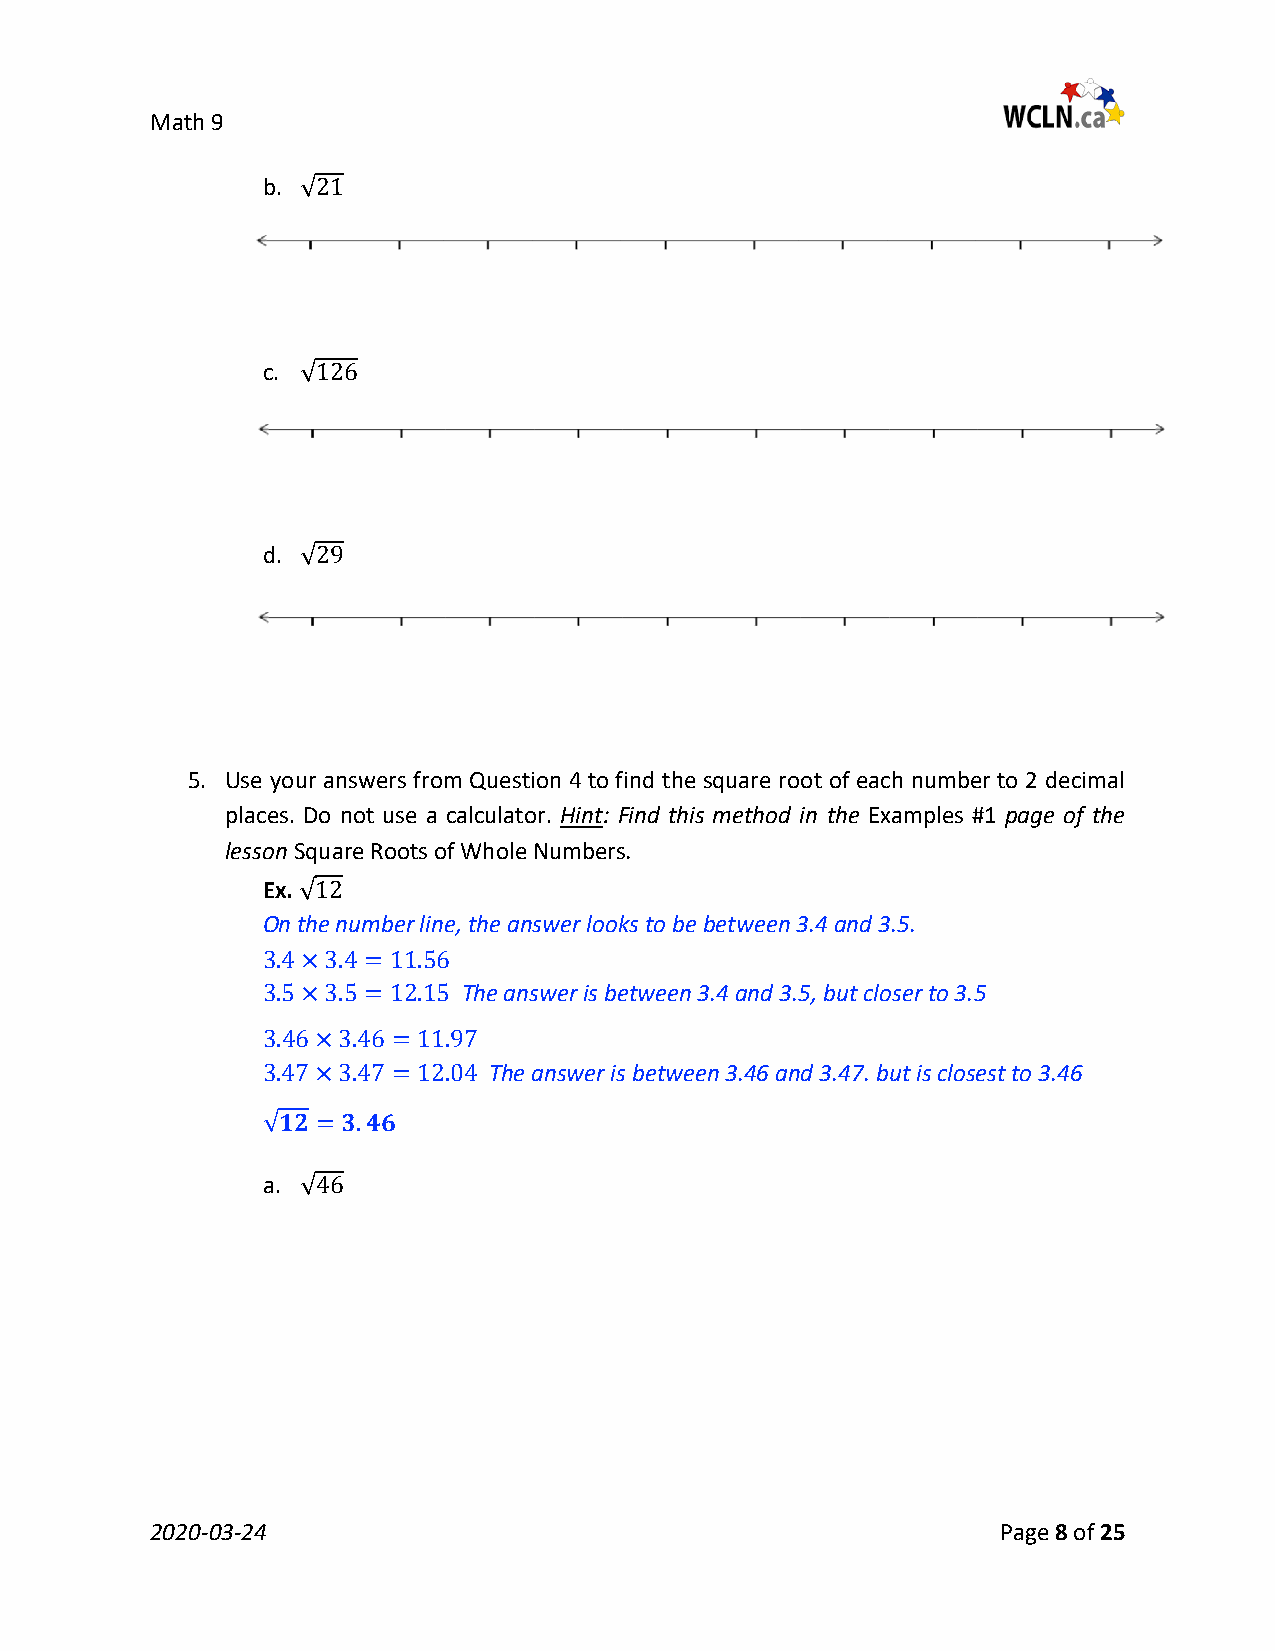
Math 9
 b.
 √21
 c.
 √126
 d.
 √29
 5. Use your answers from Question 4 to find the square root of each number to 2 decimal
 places. Do not use a calculator. Hint: Find this method in the Examples #1 page of the
 lesson Square Roots of Whole Numbers.
 Ex.
 On the number line, the answer looks to be between 3.4 and 3.5.
 √12
 The answer is between 3.4 and 3.5, but closer to 3.5
 3.4×3.4 = 11.56
 3.5×3.5 = 12.15
 The answer is between 3.46 and 3.47. but is closest to 3.46
 3.46×3.46 = 11.97
 3.47×3.47 = 12.04
 √𝟏𝟏𝟐𝟐 = 𝟑𝟑.𝟒𝟒𝟒𝟒
 a.
 √46
 2020-03-24                                              Page 8 of 25